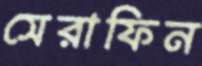
সেরাফিন